画像に写った文字を読んでください
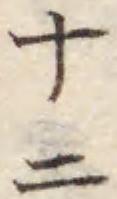
「十二」と書いてあります